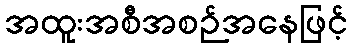
အထူးအစီအစဉ်အနေဖြင့်